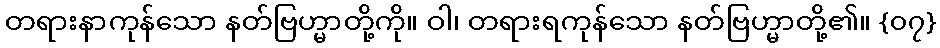
တရားနာကုန်သော နတ်ဗြဟ္မာတို့ကို။ ဝါ၊ တရားရကုန်သော နတ်ဗြဟ္မာတို့၏။ {၀၇}